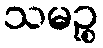
သမဉ္စ